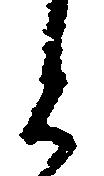
と